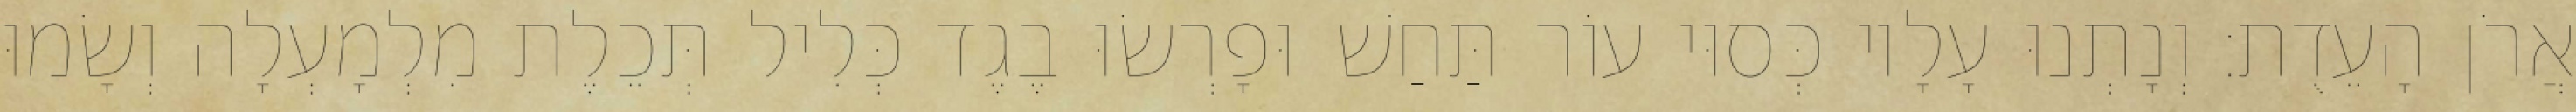
אֲרֹן הָעֵדֻת׃ וְנָתְנוּ עָלָיו כְּסוּי עוֹר תַּחַשׁ וּפָרְשׂוּ בֶגֶד כְּלִיל תְּכֵלֶת מִלְמָעְלָה וְשָׂמוּ